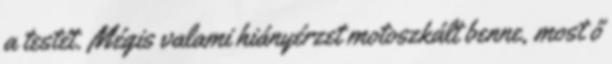
a testét. Mégis valami hiányérzet motoszkált benne, most ő